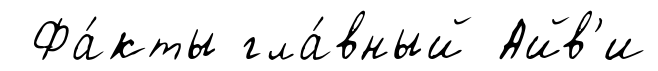
Фа́кты гла́вный Айв'и